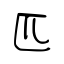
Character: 匹